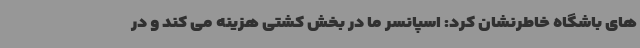
های باشگاه خاطرنشان کرد: اسپانسر ما در بخش کشتی هزینه می کند و در